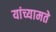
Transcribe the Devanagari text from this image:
यांच्यामते